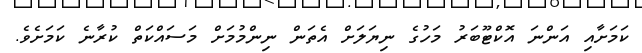
ކަމަށާއި އަންނަ އޮކްޓޫބަރު މަހުގެ ނިޔަލަށް އެތަން ނިންމުމަށް މަސައްކަތް ކުރާނެ ކަމަށެވެ.